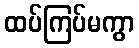
ထပ်ကြပ်မကွာ